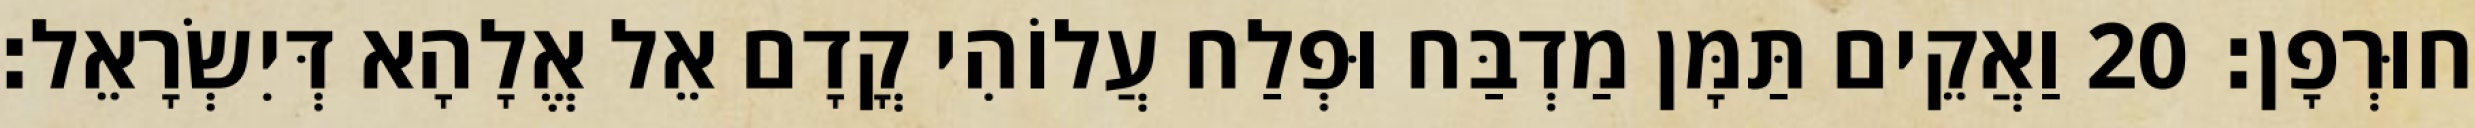
חוּרְפָן׃ 20 וַאֲקֵים תַּמָּן מַדְבַּח וּפְלַח עֲלוֹהִי קֳדָם אֵל אֱלָהָא דְּיִשְׂרָאֵל׃